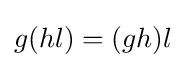
g(hl)=(gh)l